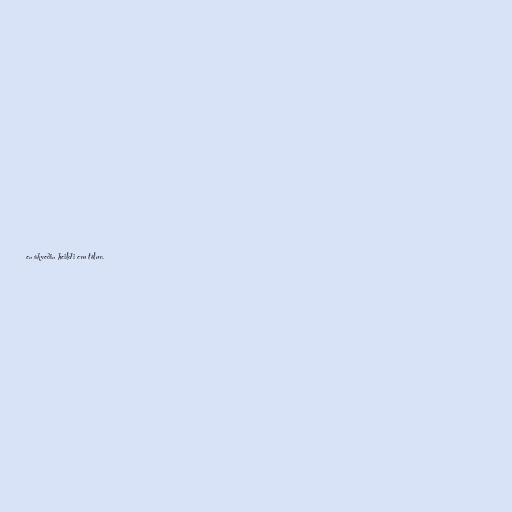
en ákveðin heildi eru tölur.